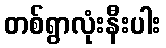
တစ်ရွာလုံးနီးပါး